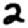
Digit: 2